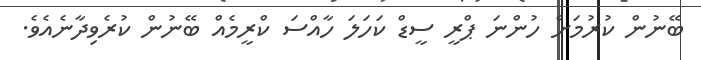
ބޭނުން ކުރުމަށް ހުންނަ ޕްރީ ސީޑް ކަހަލަ ހާއްސަ ކްރީމެއް ބޭނުން ކުރެވިދާނެއެވެ.